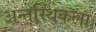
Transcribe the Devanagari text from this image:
अन्तर्स्थिकला